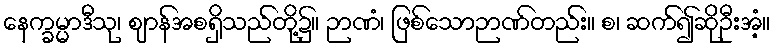
နေက္ခမ္မာဒီသု၊ ဈာန်အစရှိသည်တို့၌။ ဉာဏံ၊ ဖြစ်သောဉာဏ်တည်း။ စ၊ ဆက်၍ဆိုဦးအံ့။